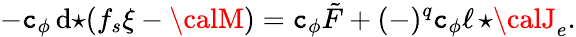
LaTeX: -\mathtt{c}_{\phi}\, \mathrm{{d}}{\star\! \left(f_{s}\xi-{\calM}\right)}=\mathtt{c}_{\phi}\tilde{{F}}+(-)^{q}\mathtt{c}_{\phi}\ell\, {\star{\calJ}_{e}}.